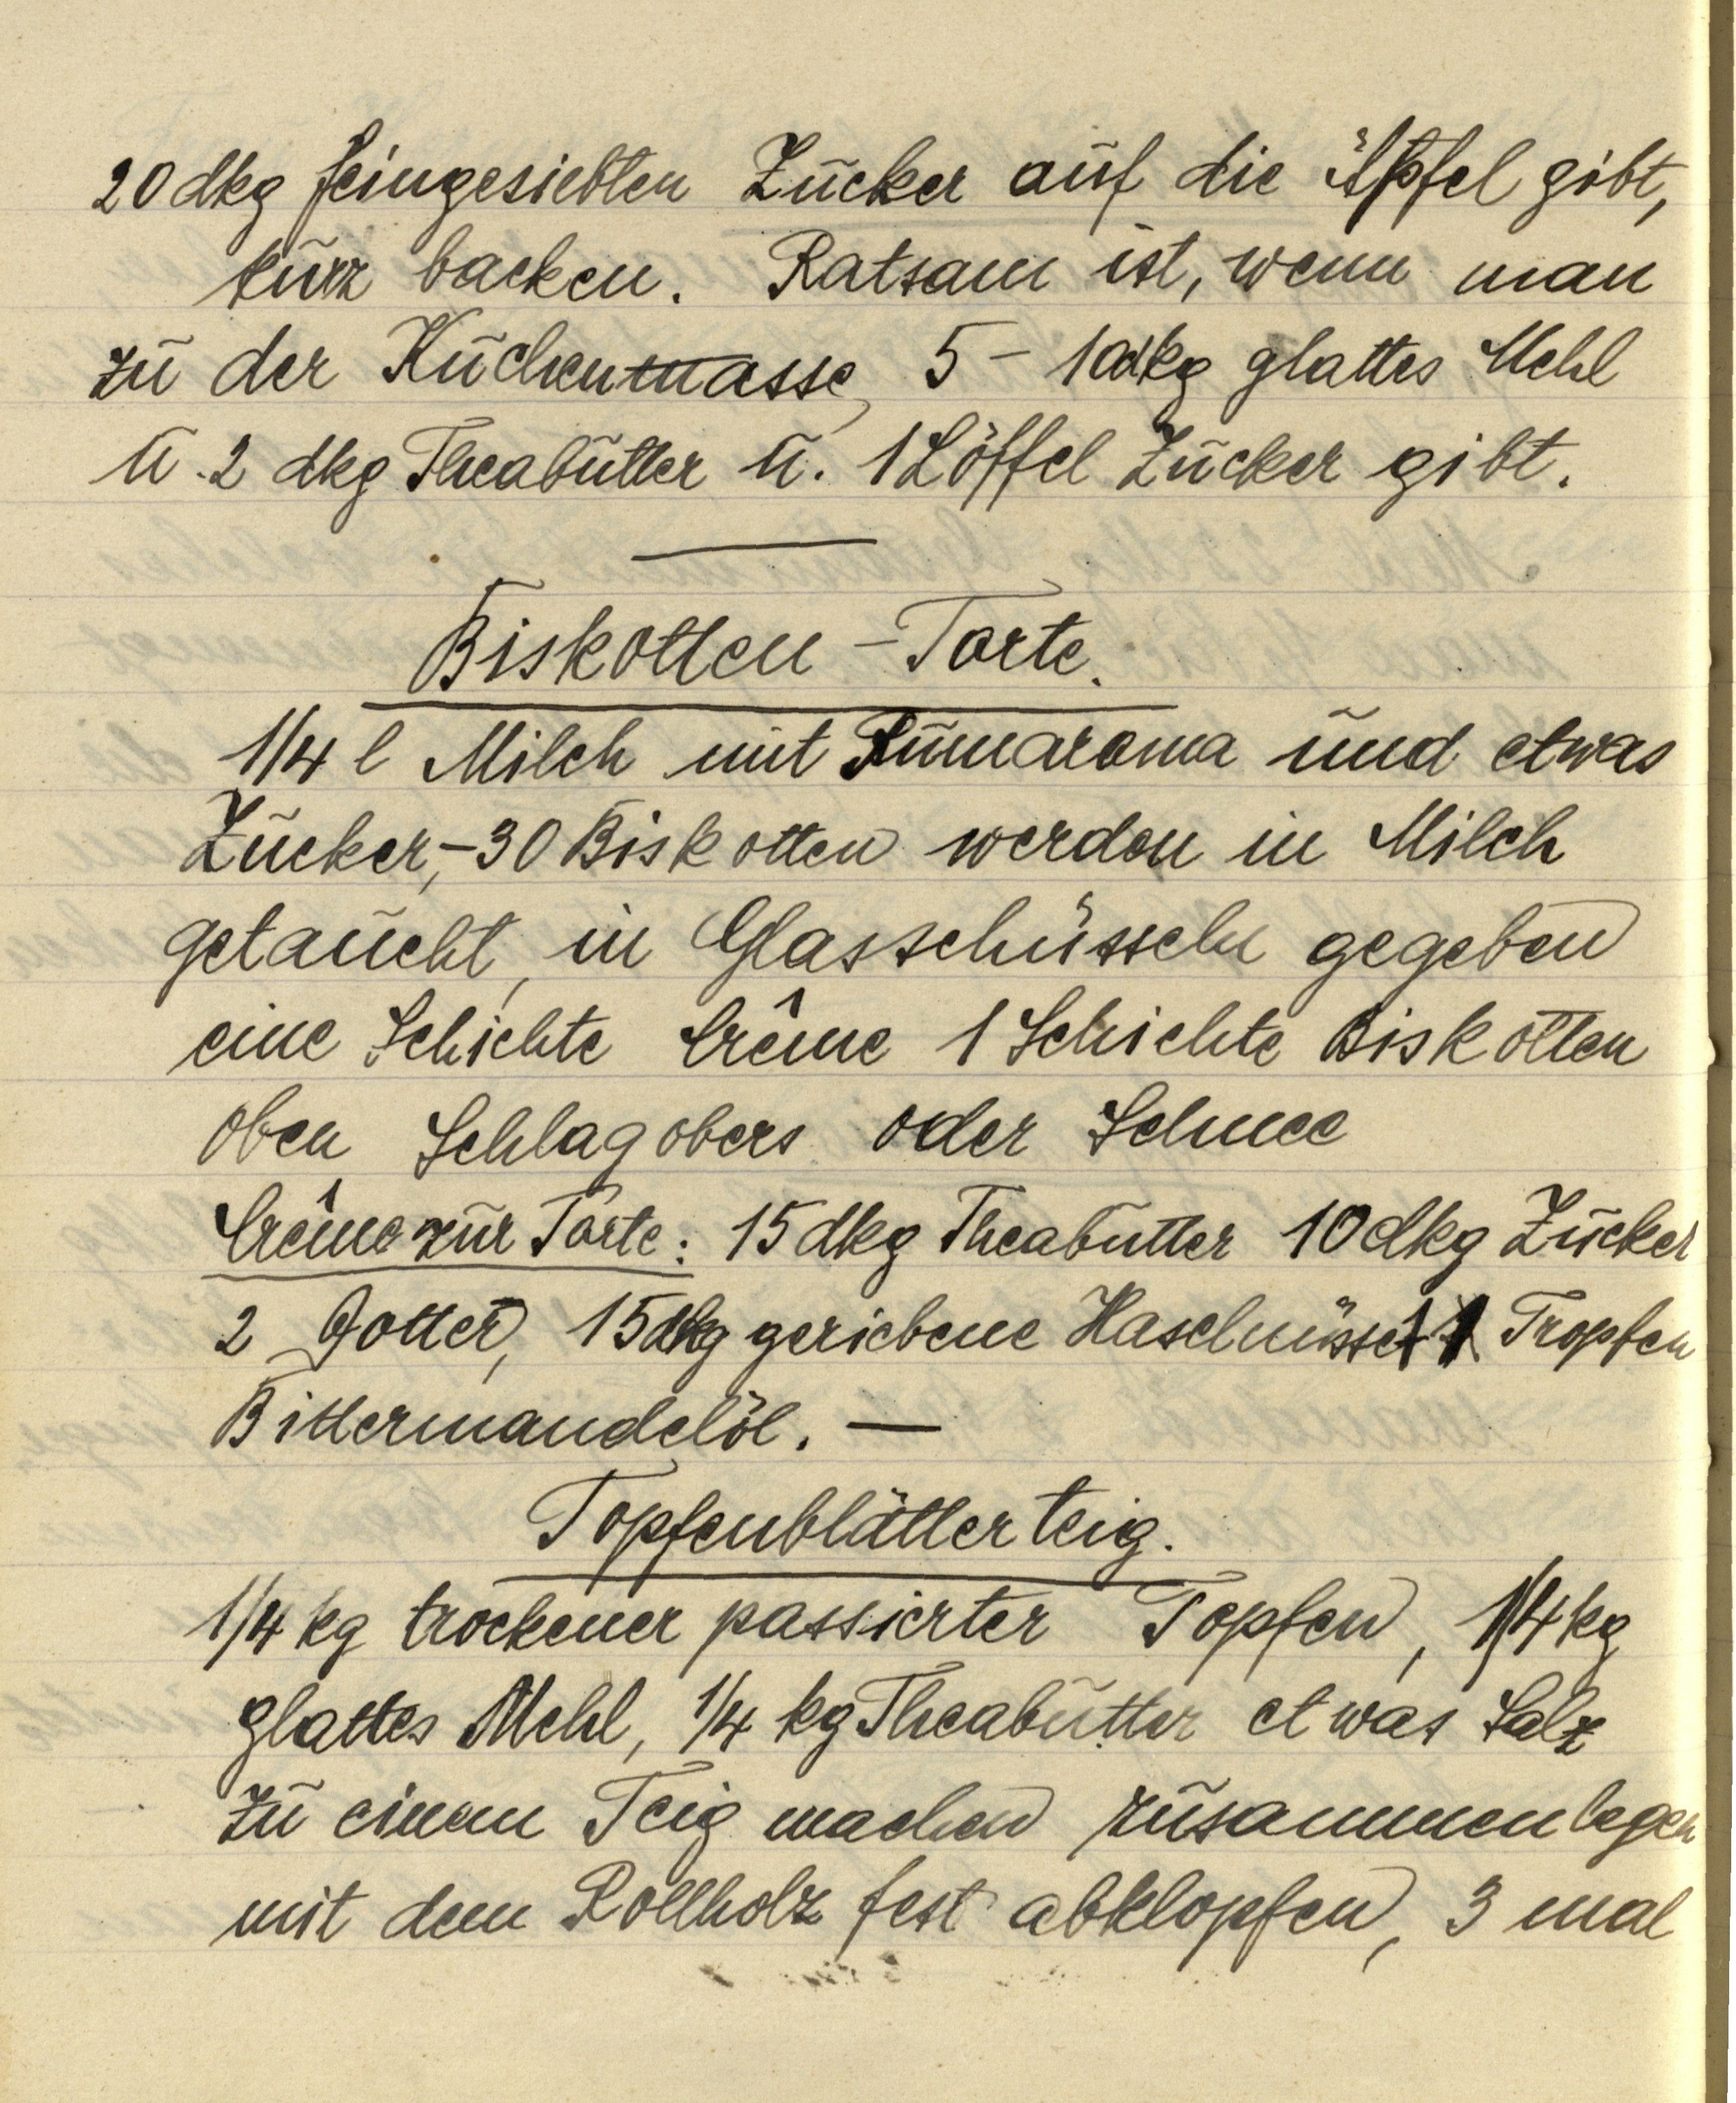
20 dkg feingesiebten Zucker auf die Äpfel gibt,
kurz backen. Ratsam ist, wenn man
zu der Kuchenmasse 5-10 dkg glattes Mehl
u. 2 dkg Theabutter u. 1 Löffel Zucker gibt.

Biskotten — Torte.
¼ l Milch mit Rumaroma und etwas
Zucker, — 30 Biskotten werden in Milch
getaucht, in Glasschüsseln gegeben
eine Schichte Crême 1 Schichte Biskotten
oben Schlagobers oder Schnee
Crême zur Torte: 15 dkg Theabutter 10 dkg Zucker
2 Dotter, 15 dkg geriebene Haselnüsse 1 1 Tropfen
Bittermandelöl. —

Topfenblätterteig.
¼ trockener passierter Topfen, ¼ kg
glattes Mehl, ¼ kg Theabutter etwas Salz
zu einem Teig machen zusammenlegen
mit dem Rollholz fest abklopfen, 3 mal